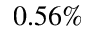
0 . 5 6 \%